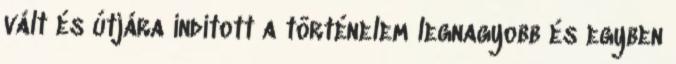
vált és útjára indított a történelem legnagyobb és egyben